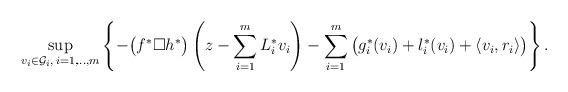
LaTeX: \begin{align*}\sup_{v_i\in {\cal{G}}_i,\, i=1,\!...,m}\left\{-\big(f^*\Box h^*\big)\left(z-\sum_{i=1}^{m}L_i^*v_i\right)-\sum_{i=1}^{m}\big(g_i^*(v_i)+l_i^*(v_i) + \langle v_i,r_i\rangle\big) \right\}.\end{align*}